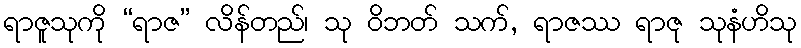
ရာဇူသုကို “ရာဇ” လိန်တည်၊ သု ဝိဘတ် သက်, ရာဇဿ ရာဇု သုနံဟိသု